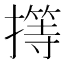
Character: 㩐